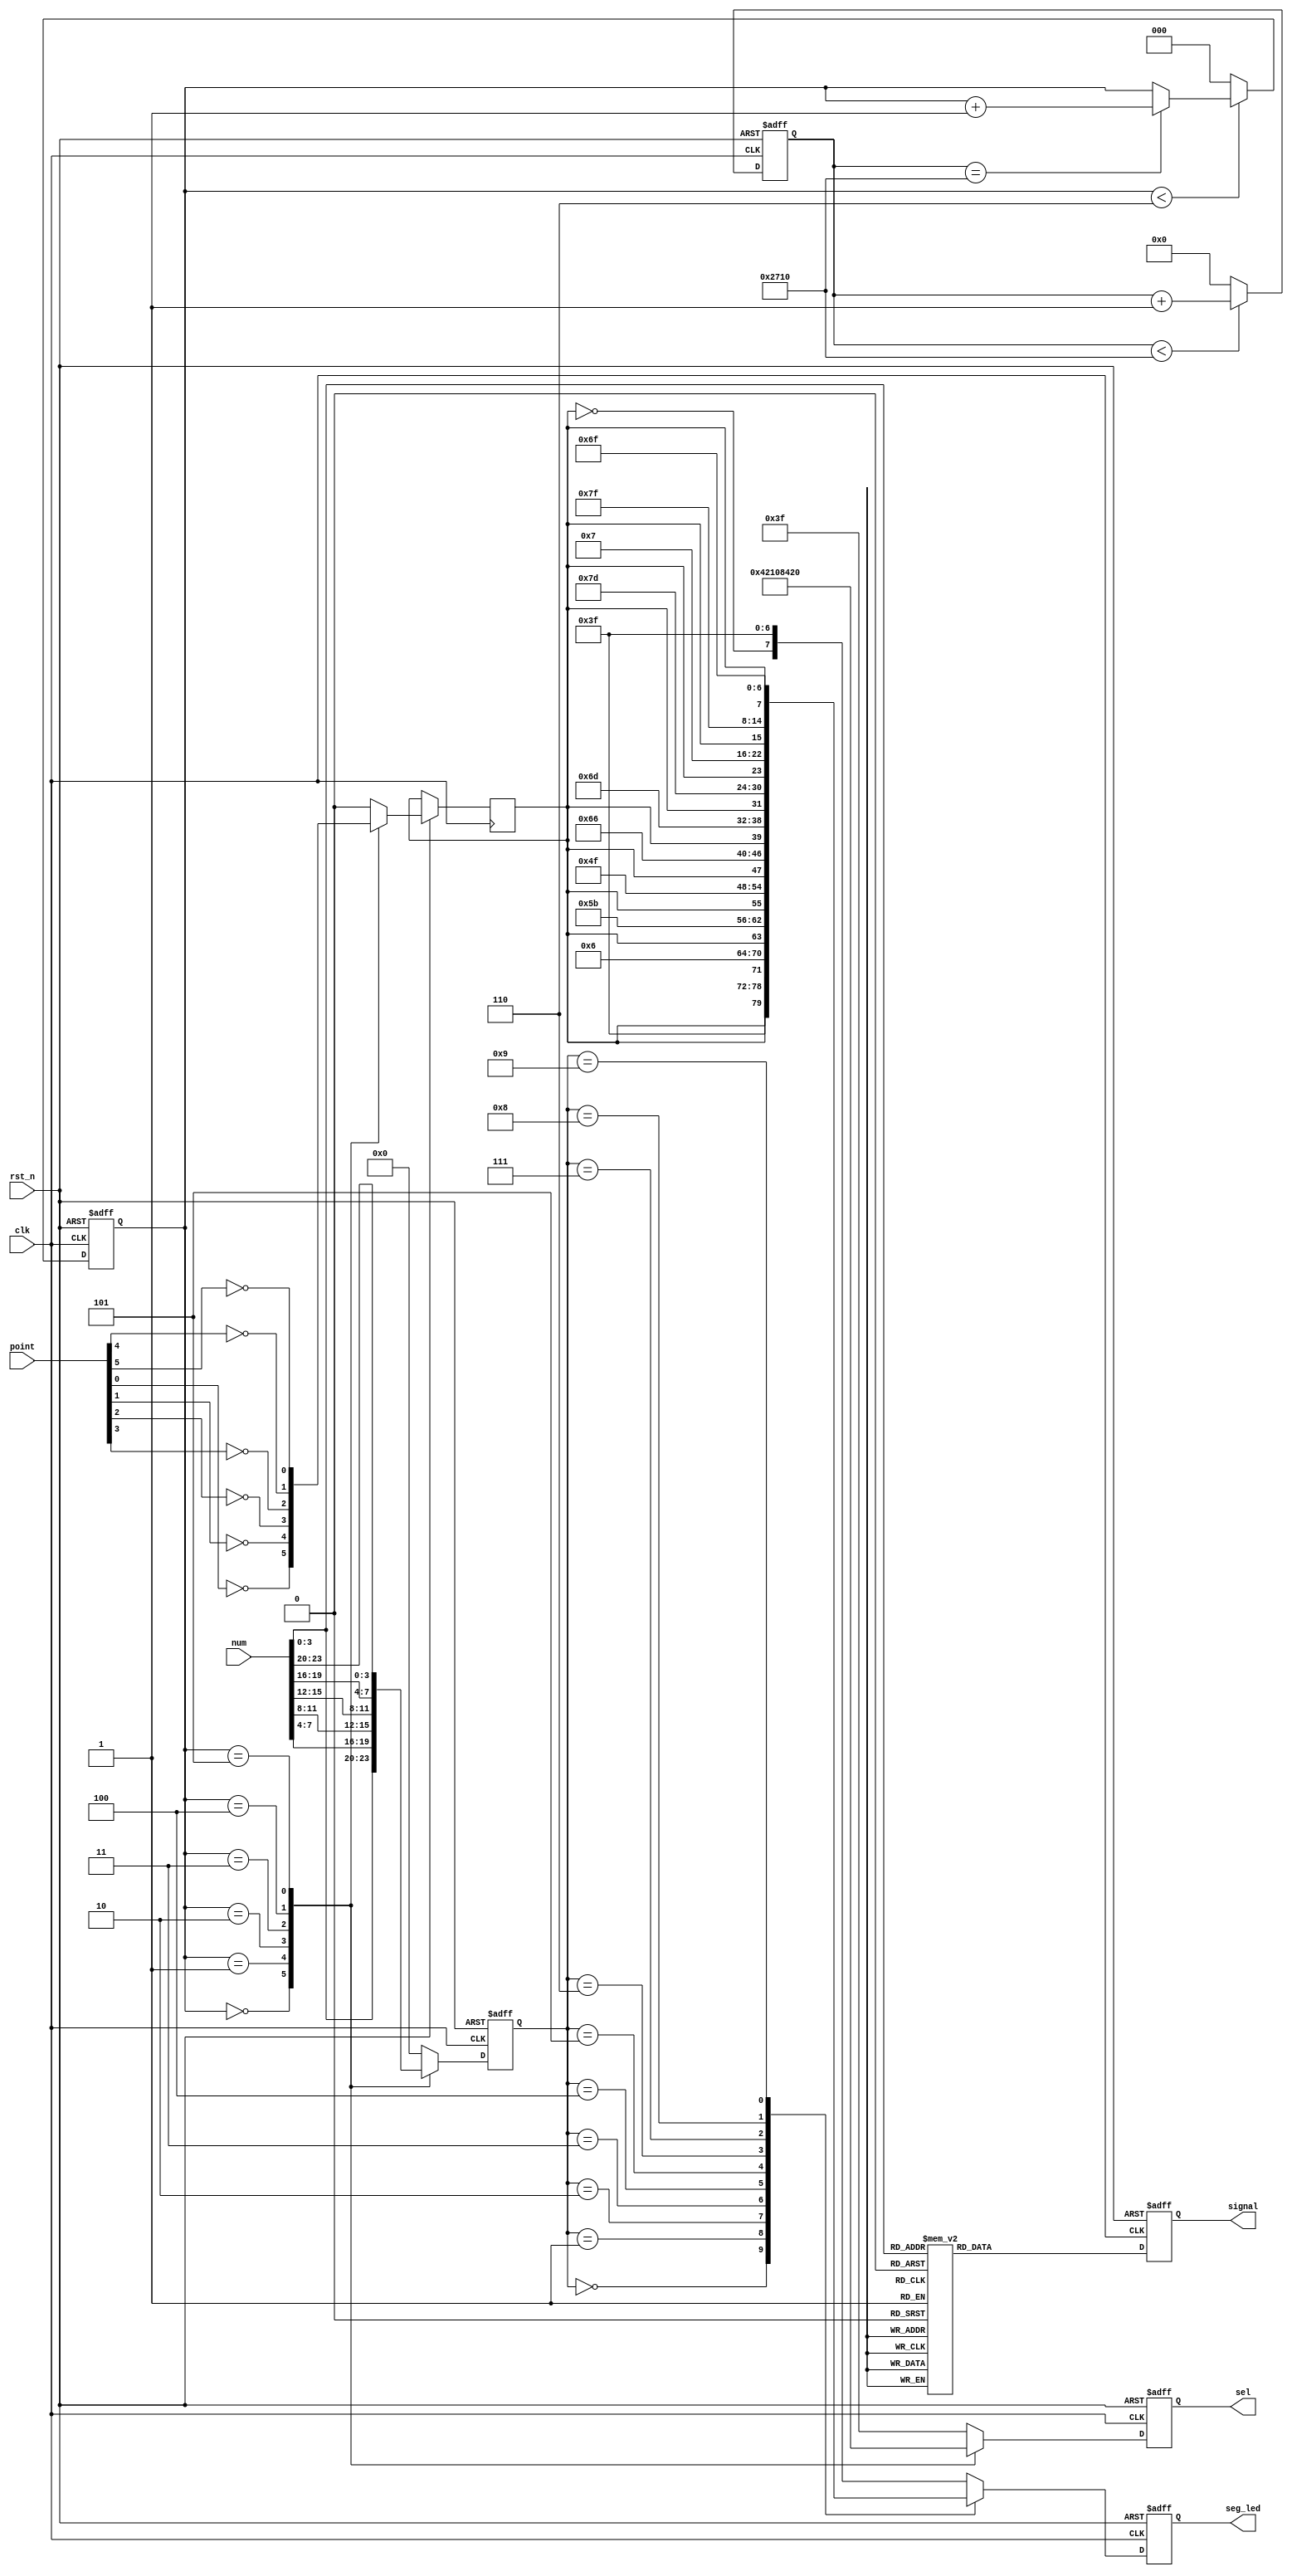
`timescale 1ns / 1ps
//////////////////////////////////////////////////////////////////////////////////
// Company: 
// Engineer: 
// 
// Design Name: 
// Module Name: seg_bcd_dri
// Project Name: 
// Target Devices: 
// Tool Versions: 
// Description: 
// 
// Dependencies: 
// 
// Revision:
// Revision 0.01 - File Created
// Additional Comments:
// 
//////////////////////////////////////////////////////////////////////////////////


module seg_bcd_dri(
   //input
   input                  clk    ,        // 
   input                  rst_n  ,        // 
   input        [23:0]    num    ,        // 6
   input        [5:0]     point  ,        // ,,

   //output
   output  reg  [5:0]     sel    ,        // 
   output  reg  [7:0]     seg_led ,        // 
   output  reg  [3:0]     signal
);

//parameter define
parameter  WIDTH0 = 10_000;

//reg define
reg    [15:0]             cnt0;           // 1ms
reg    [2:0]              cnt;            // 
reg    [3:0]              num1;           // 
reg                       point1;         // 

//*****************************************************
//**                    main code
//*****************************************************

//1ms
always @(posedge clk or negedge rst_n) begin
    if(rst_n == 1'b0)
        cnt0 <= 15'b0;
    else if(cnt0 < WIDTH0)
        cnt0 <= cnt0 + 1'b1;
    else
        cnt0 <= 15'b0;
end

//66
always @(posedge clk or negedge rst_n) begin
    if(rst_n == 1'b0)
        cnt <= 3'b0;
    else if(cnt < 3'd6) begin
        if(cnt0 == WIDTH0)
            cnt <= cnt + 1'b1;
        else
            cnt <= cnt;
    end
    else
        cnt <= 3'b0;
end

//6
always @(posedge clk or negedge rst_n) begin
    if(rst_n == 1'b0) begin
        sel  <= ~6'b000001;
        num1 <= 4'b0;
    end
    else begin
        case (cnt)
            3'd0:begin
                 sel    <=~6'b111110;
                 num1   <= num[3:0] ;
                 point1 <= ~point[0] ;
            end
            3'd1:begin
                 sel    <=~6'b111101;
                 num1   <= num[7:4] ;
                 point1 <= ~point[1] ;
            end
            3'd2:begin
                 sel    <=~6'b111011;
                 num1   <= num[11:8];
                 point1 <= ~point[2] ;
            end
            3'd3:begin
                 sel    <=~6'b110111 ;
                 num1   <= num[15:12];
                 point1 <= ~point[3]  ;
            end
            3'd4:begin
                 sel    <= ~6'b101111 ;
                 num1   <= num[19:16];
                 point1 <= ~point[4]  ;
            end
            3'd5:begin
                 sel    <= ~6'b011111 ;
                 num1   <= num[23:20];
                 point1 <= ~point[5]  ;
            end
            default: begin
                 sel    <= ~6'b000000;
                 num1   <= 4'b0;
                 point1 <= 1'b0;
            end
        endcase
    end
end

//
always @ (posedge clk or negedge rst_n) begin
    if(rst_n == 1'b0)
        seg_led <= ~7'b0;
    else begin
        case(num1)
            4'd0: seg_led <= {point1,~7'b1000000};
            4'd1: seg_led <= {point1,~7'b1111001};
            4'd2: seg_led <= {point1,~7'b0100100};
            4'd3: seg_led <= {point1,~7'b0110000};
            4'd4: seg_led <= {point1,~7'b0011001};
            4'd5: seg_led <= {point1,~7'b0010010};
            4'd6: seg_led <= {point1,~7'b0000010};
            4'd7: seg_led <= {point1,~7'b1111000};
            4'd8: seg_led <= {point1,~7'b0000000};
            4'd9: seg_led <= {point1,~7'b0010000};
            default: seg_led <= {~point1,~7'b1000000};
        endcase
    end
end


always @ (posedge clk or negedge rst_n) begin
    if(rst_n == 1'b0)
        signal <= ~7'b0;
    else begin
        case(num[3:0])
            4'd0: signal <= 4'b0000;
            4'd1: signal <= 4'b0001;
            4'd2: signal <= 4'b0010;
            4'd3: signal <= 4'b0011;
            4'd4: signal <= 4'b0100;
            4'd5: signal <= 4'b0101;
            4'd6: signal <= 4'b0110;
            4'd7: signal <= 4'b0111;
            4'd8: signal <= 4'b1000;
            4'd9: signal <= 4'b1001;
            default: signal <= 4'b0000;
        endcase
    end
end

endmodule